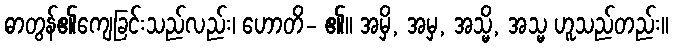
ဓာတွန်၏ကျေခြင်းသည်လည်း၊ ဟောတိ- ၏။ အမှိ, အမှ, အသ္မိ, အသ္မ ဟူသည်တည်း။